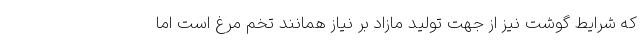
که شرایط گوشت نیز از جهت تولید مازاد بر نیاز همانند تخم مرغ است اما